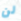
لن